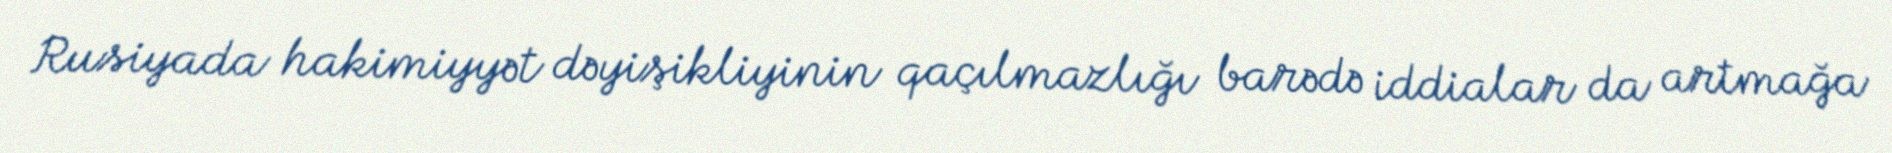
Rusiyada hakimiyyət dəyişikliyinin qaçılmazlığı barədə iddialar da artmağa